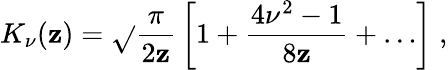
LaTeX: K_{\nu}(\mathbf{z})=\sqrt{}{{\frac{{\pi}}{{2\mathbf{z}}}}}\left[1+\frac{{4\nu^{2}-1}}{{8\mathbf{z}}}+\ldots\right]\; ,